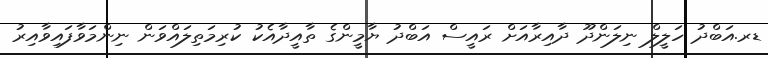
ޑރ.އަބްދު ހަލީލް ނިލަންދޫ ދާއިރާއަށް ރައީސް އަބްދު ޔާމީންގެ ތާއީދާއެކު ކުރިމަތިލައްވަން ނިންމަވާފައިވާއިރު